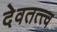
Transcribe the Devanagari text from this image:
देवतत्त्व